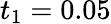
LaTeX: t_{1}=0.05